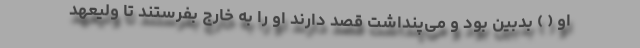
او ( ) بدبین بود و می‌پنداشت قصد دارند او را به خارج بفرستند تا ولیعهد